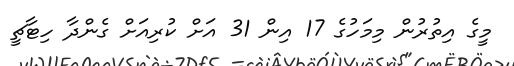
މީގެ އިތުރުން މިމަހުގެ 17 އިން 31 އަށް ކުރިއަށް ގެންދާ ހިޓާޗީ